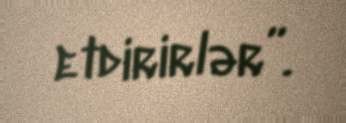
etdirirlər”.